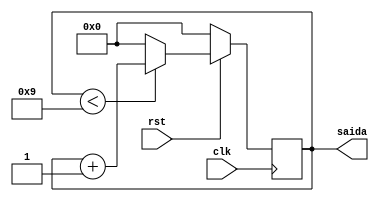
/*
	Contador 4bits
*/
module contador_4b(input clk, rst, output reg [3:0] saida);

	initial
	begin
		saida = 4'b0000;
	end
	
	always@(posedge clk)
	begin
		if(saida < 4'b1001)
			saida = saida + 1;
		else
			saida = 4'b0000;
		if(rst == 0)
			saida = 4'b0000;
	end
endmodule